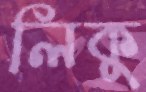
লিকু